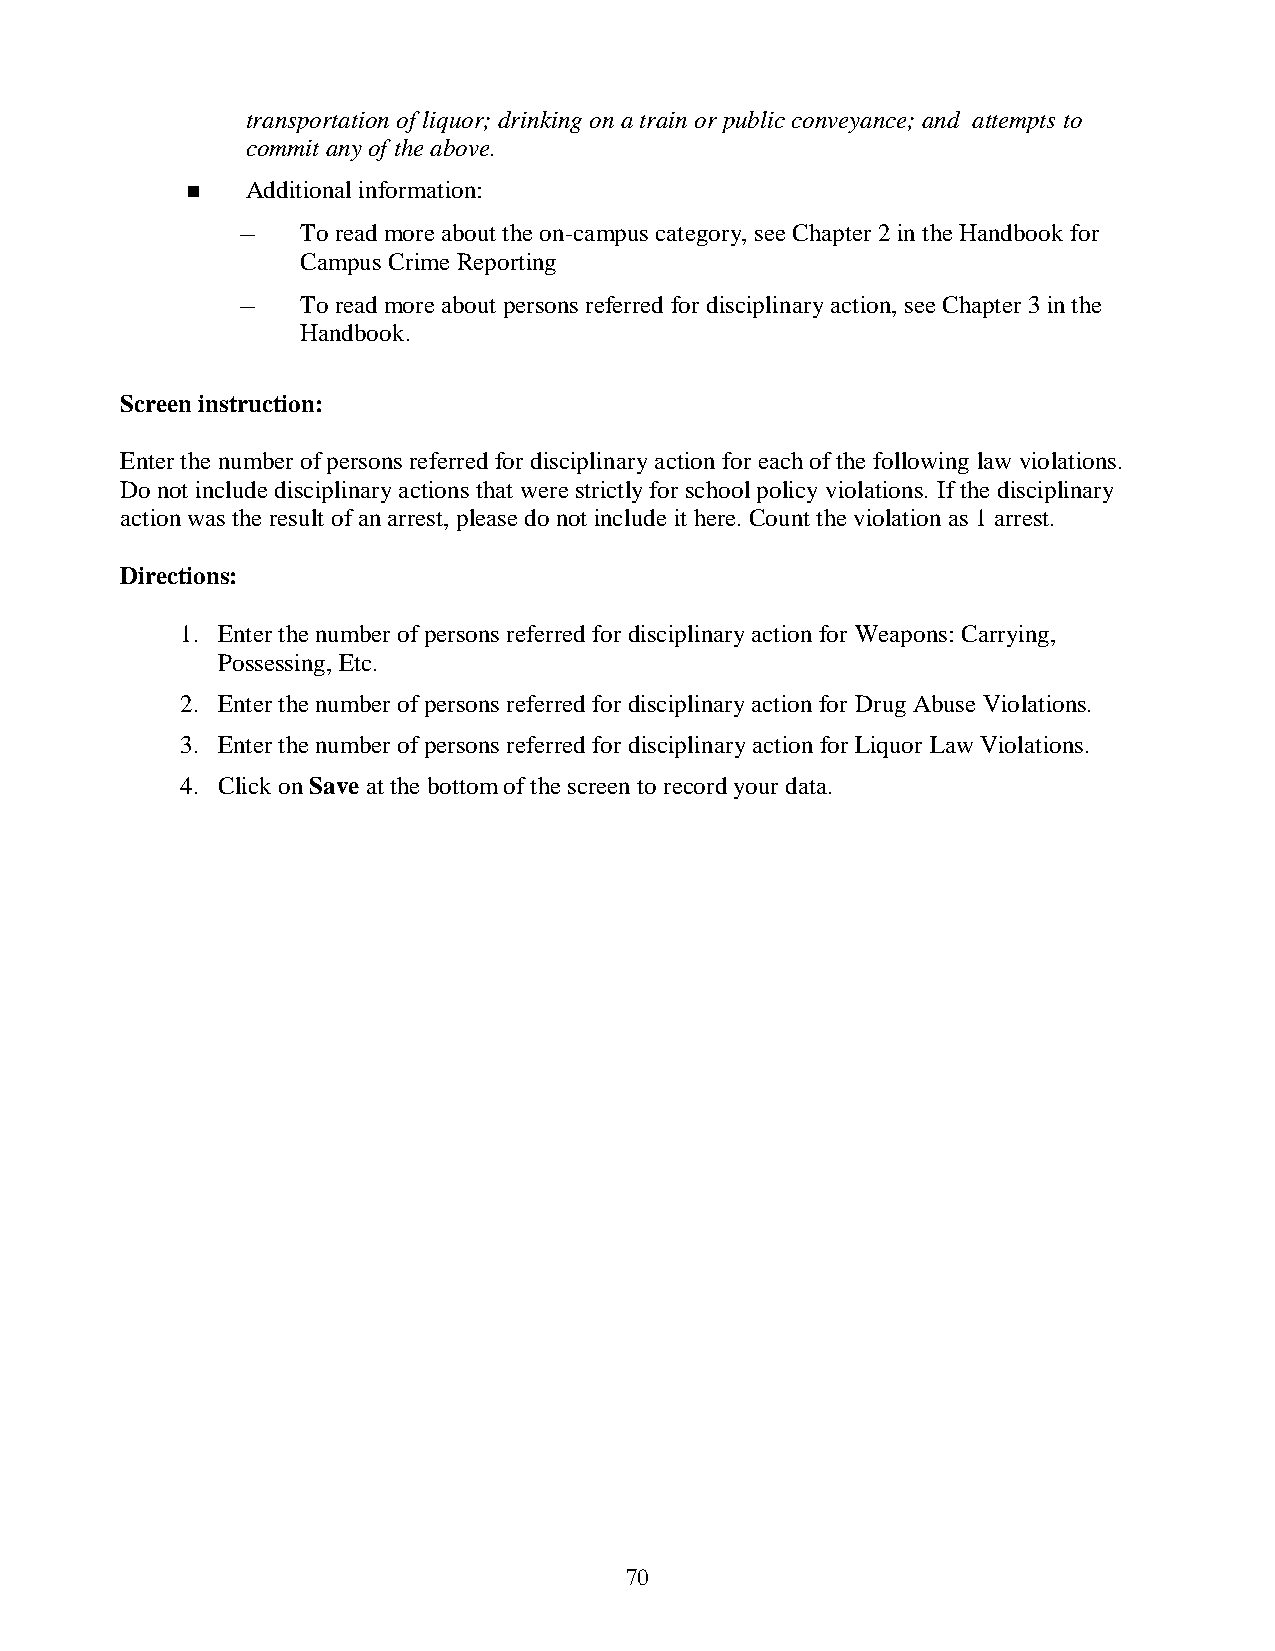
transportation of liquor; drinking on a train or public conveyance; and attempts to
 commit any of the above.
    Additional information:
 –   To read more about the on-campus category, see Chapter 2 in the Handbook for
 Campus Crime Reporting
 –   To read more about persons referred for disciplinary action, see Chapter 3 in the
 Handbook.
 Screen instruction:
 Enter the number of persons referred for disciplinary action for each of the following law violations.
 Do not include disciplinary actions that were strictly for school policy violations. If the disciplinary
 action was the result of an arrest, please do not include it here. Count the violation as 1 arrest.
 Directions:
 1. Enter the number of persons referred for disciplinary action for Weapons: Carrying,
 Possessing, Etc.
 2. Enter the number of persons referred for disciplinary action for Drug Abuse Violations.
 3. Enter the number of persons referred for disciplinary action for Liquor Law Violations.
 4. Click on Save at the bottom of the screen to record your data.
 70